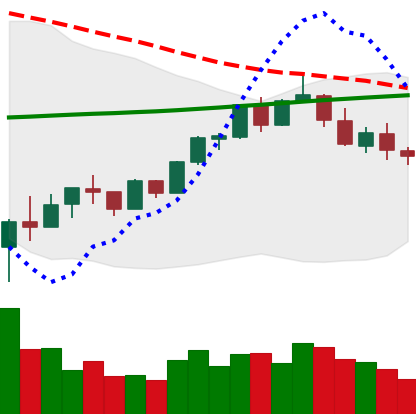
Ticker: BTC-USD
Chart end date: 2018-02-25
Forward return: 14.71%
Label: up_7plus